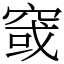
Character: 窢